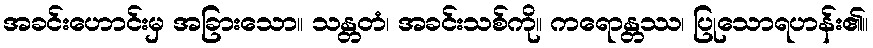
အခင်းဟောင်းမှ အခြားသော။ သန္တတံ၊ အခင်းသစ်ကို။ ကရောန္တဿ၊ ပြုသောရဟန်း၏။